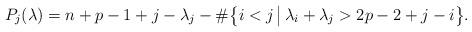
LaTeX: \begin{align*} P_j(\lambda) = n+p-1+j-\lambda_j-\#\big\{ i<j\,\big|\, \lambda_i+\lambda_j > 2p-2+j-i \big\}.\end{align*}